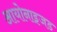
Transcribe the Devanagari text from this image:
आयोनाइजड